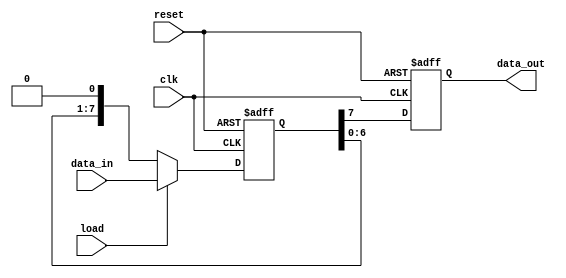
module PISO_Register #(
    parameter WIDTH = 8  // Define the width of the register
)(
    input wire [WIDTH-1:0] data_in,  // Parallel input data bus
    input wire load,                  // Control signal to load data
    input wire clk,                   // Clock signal
    input wire reset,                 // Asynchronous reset signal
    output reg data_out               // Serial output data line
);

    reg [WIDTH-1:0] shift_reg;        // Internal shift register
    integer i;                        // Loop variable for shifting

    // Asynchronous reset and load operation
    always @(posedge clk or posedge reset) begin
        if (reset) begin
            shift_reg <= {WIDTH{1'b0}}; // Clear the register
            data_out <= 1'b0;           // Clear the output
        end else if (load) begin
            shift_reg <= data_in;       // Load parallel data into the register
            data_out <= shift_reg[WIDTH-1]; // Output the MSB
        end else begin
            // Shift operation
            data_out <= shift_reg[WIDTH-1]; // Output the MSB
            shift_reg <= {shift_reg[WIDTH-2:0], 1'b0}; // Shift left
        end
    end

endmodule